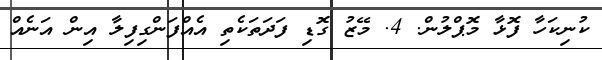
ކުނިކަހާ ފޮޅާ މޮޕްލުން. 4. މޭޒު ގޮޑި ފަދަތަކެތި އެއްފަންގިފިލާ އިން އަނެއް